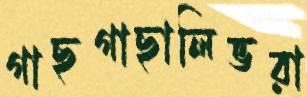
গাছগাছালিভরা